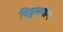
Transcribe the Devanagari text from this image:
विठ्ठलनाम